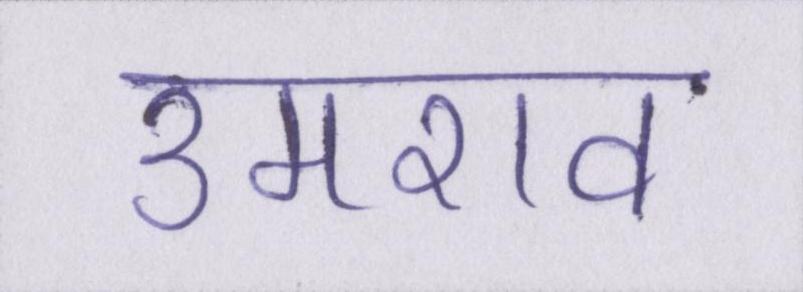
उमराव